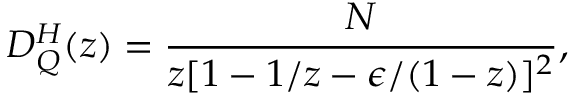
D _ { Q } ^ { H } ( z ) = \frac { N } { z [ 1 - 1 / z - \epsilon / ( 1 - z ) ] ^ { 2 } } ,